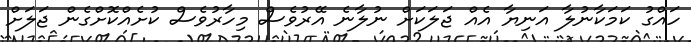
ހައްގު ކަމަކާނުލާ އަނިޔާ އެއް ޖަލަކަށް ނުލާނެ އޭރުވެސް މިހާރުވެސް ކުށެއްކޮށްގެން ޖަލަށް